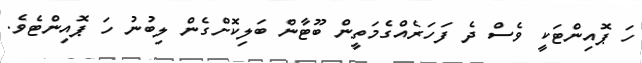
ހަ ޕޮއިންޓަކީ ވެސް ދެ ފަހަރެއްގެމަތީން ބޫޓާން ބަލިކޮށްގެން ލިބުނު ހަ ޕޮއިންޓެވެ.